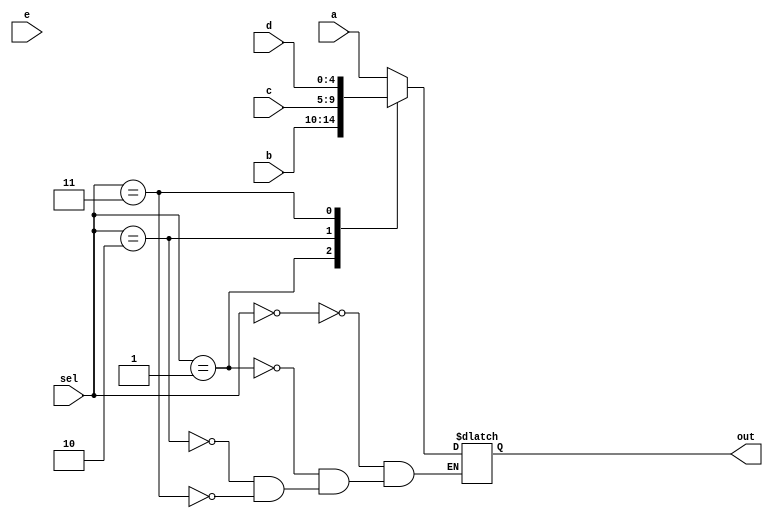
module multiplexer (input [4:0] a, input [4:0] b,input [4:0] c,input [4:0] d,input [4:0] e, input[2:0] sel, 
							output reg [4:0]  out); 
    always @ (a or b or c or d or sel) begin
		 case (sel)
			2'b000: out <= a;
			2'b001: out <= b;
			2'b010: out <= c;
			2'b011: out <= d;
			2'b100: out <= e;

		 endcase
	 end
	 
    
endmodule